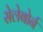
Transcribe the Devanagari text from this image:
सेलेबोर्न